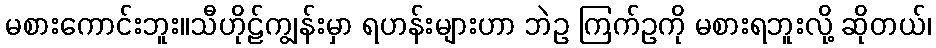
မစားကောင်းဘူး။သီဟိုဠ်ကျွန်းမှာ ရဟန်းများဟာ ဘဲဥ ကြက်ဥကို မစားရဘူးလို့ ဆိုတယ်၊